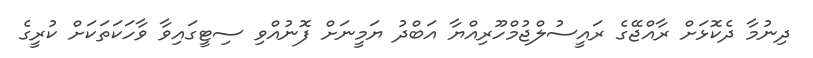
ދިނުމާ ދެކޮޅަށް ރާއްޖޭގެ ރައީސުލްޖުމްހޫރިއްޔާ އަބްދު ޔަމީނަށް ފޮނުއްވި ސިޓީގައިވާ ވާހަކަތަކަށް ކުރީގެ